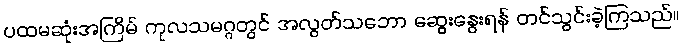
ပထမဆုံးအကြိမ် ကုလသမဂ္ဂတွင် အလွတ်သဘော ဆွေးနွေးရန် တင်သွင်းခဲ့ကြသည်။